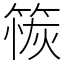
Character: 䈐